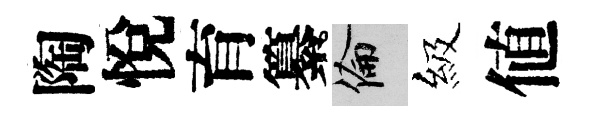
陶悅育纂倫級値